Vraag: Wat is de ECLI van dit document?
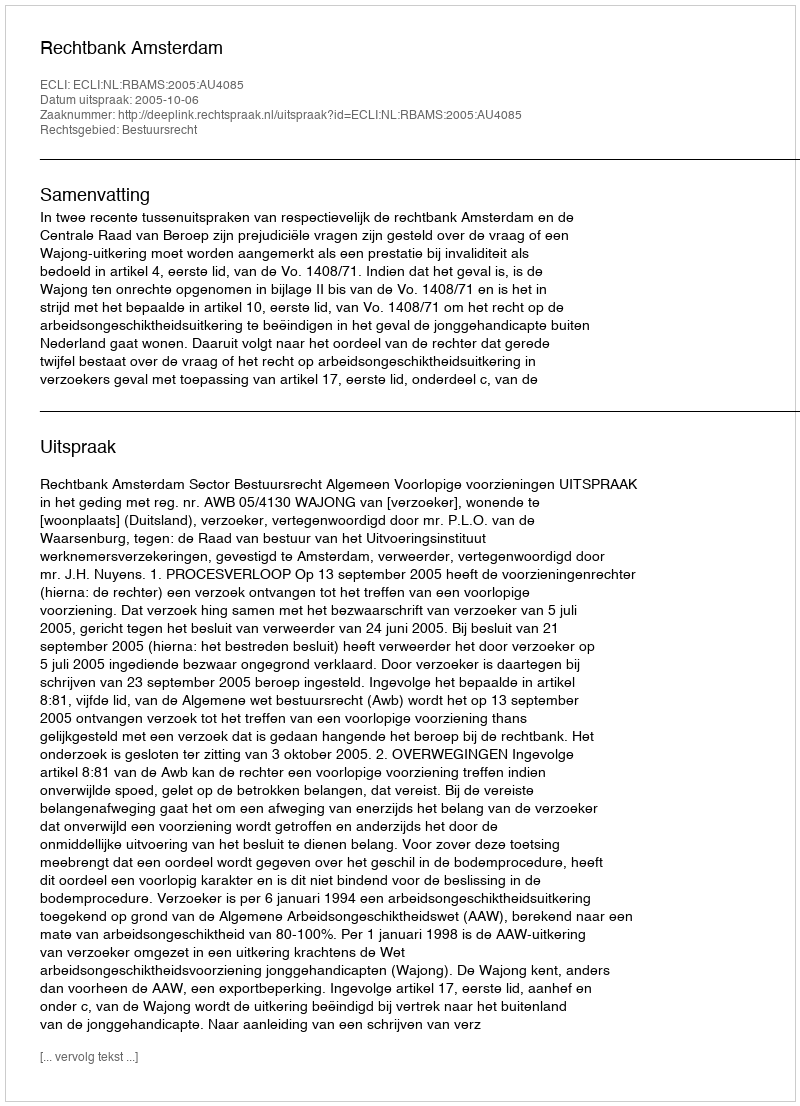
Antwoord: ECLI:NL:RBAMS:2005:AU4085